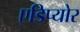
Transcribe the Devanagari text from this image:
एडिप्योर